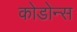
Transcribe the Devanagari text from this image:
कोडोन्स